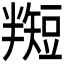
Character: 𬑵